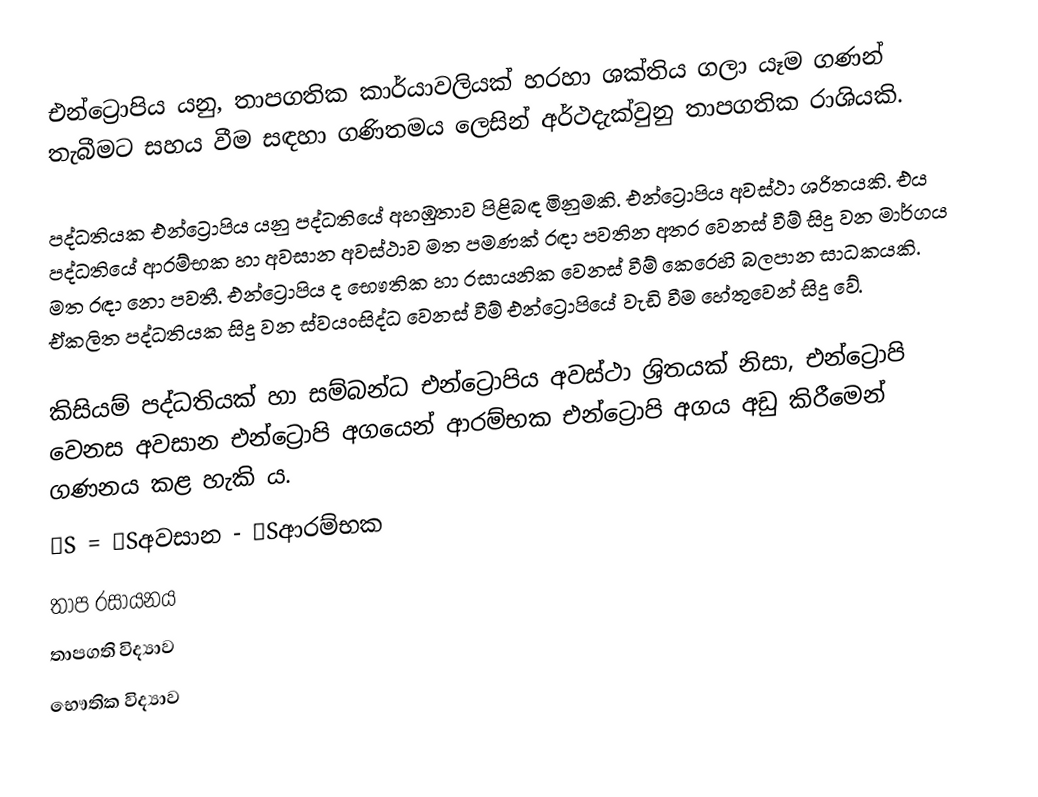
එන්ට්‍රොපිය  යනු, තාපගතික කාර්යාවලියක් හරහා ශක්තිය ගලා යෑම ගණන් තැබීමට සහය වීම සඳහා ගණිතමය ලෙසින් අර්ථදැක්වුනු තාපගතික රාශියකි.

පද්ධතියක එන්ට්‍රොපිය යනු පද්ධතියේ අහඹුතාව පිළිබඳ මිනුමකි. එන්ට්‍රොපිය අවස්ථා ශ‍්‍රිතයකි. එය පද්ධතියේ ආරම්භක හා අවසාන අවස්ථාව මත පමණක් රඳා පවතින අතර වෙනස් වීම් සිදු වන මාර්ගය මත රඳා නො පවතී. එන්ට්‍රොපිය ද භෞතික හා රසායනික වෙනස් වීම් කෙරෙහි බලපාන සාධකයකි. ඒකලිත පද්ධතියක සිදු වන ස්වයංසිද්ධ වෙනස් වීම් එන්ට්‍රොපියේ වැඩි වීම හේතුවෙන් සිදු වේ.

කිසියම් පද්ධතියක් හා සම්බන්ධ එන්ට්‍රොපිය අවස්ථා ශ‍්‍රිතයක් නිසා, එන්ට්‍රොපි වෙනස අවසාන එන්ට්‍රොපි අගයෙන් ආරම්භක එන්ට්‍රොපි අගය අඩු කිරීමෙන් ගණනය කළ හැකි ය.
∆S = ∆Sඅවසාන - ∆Sආරම්භක
තාප රසායනය
තාපගති විද්‍යාව
භෞතික විද්‍යාව